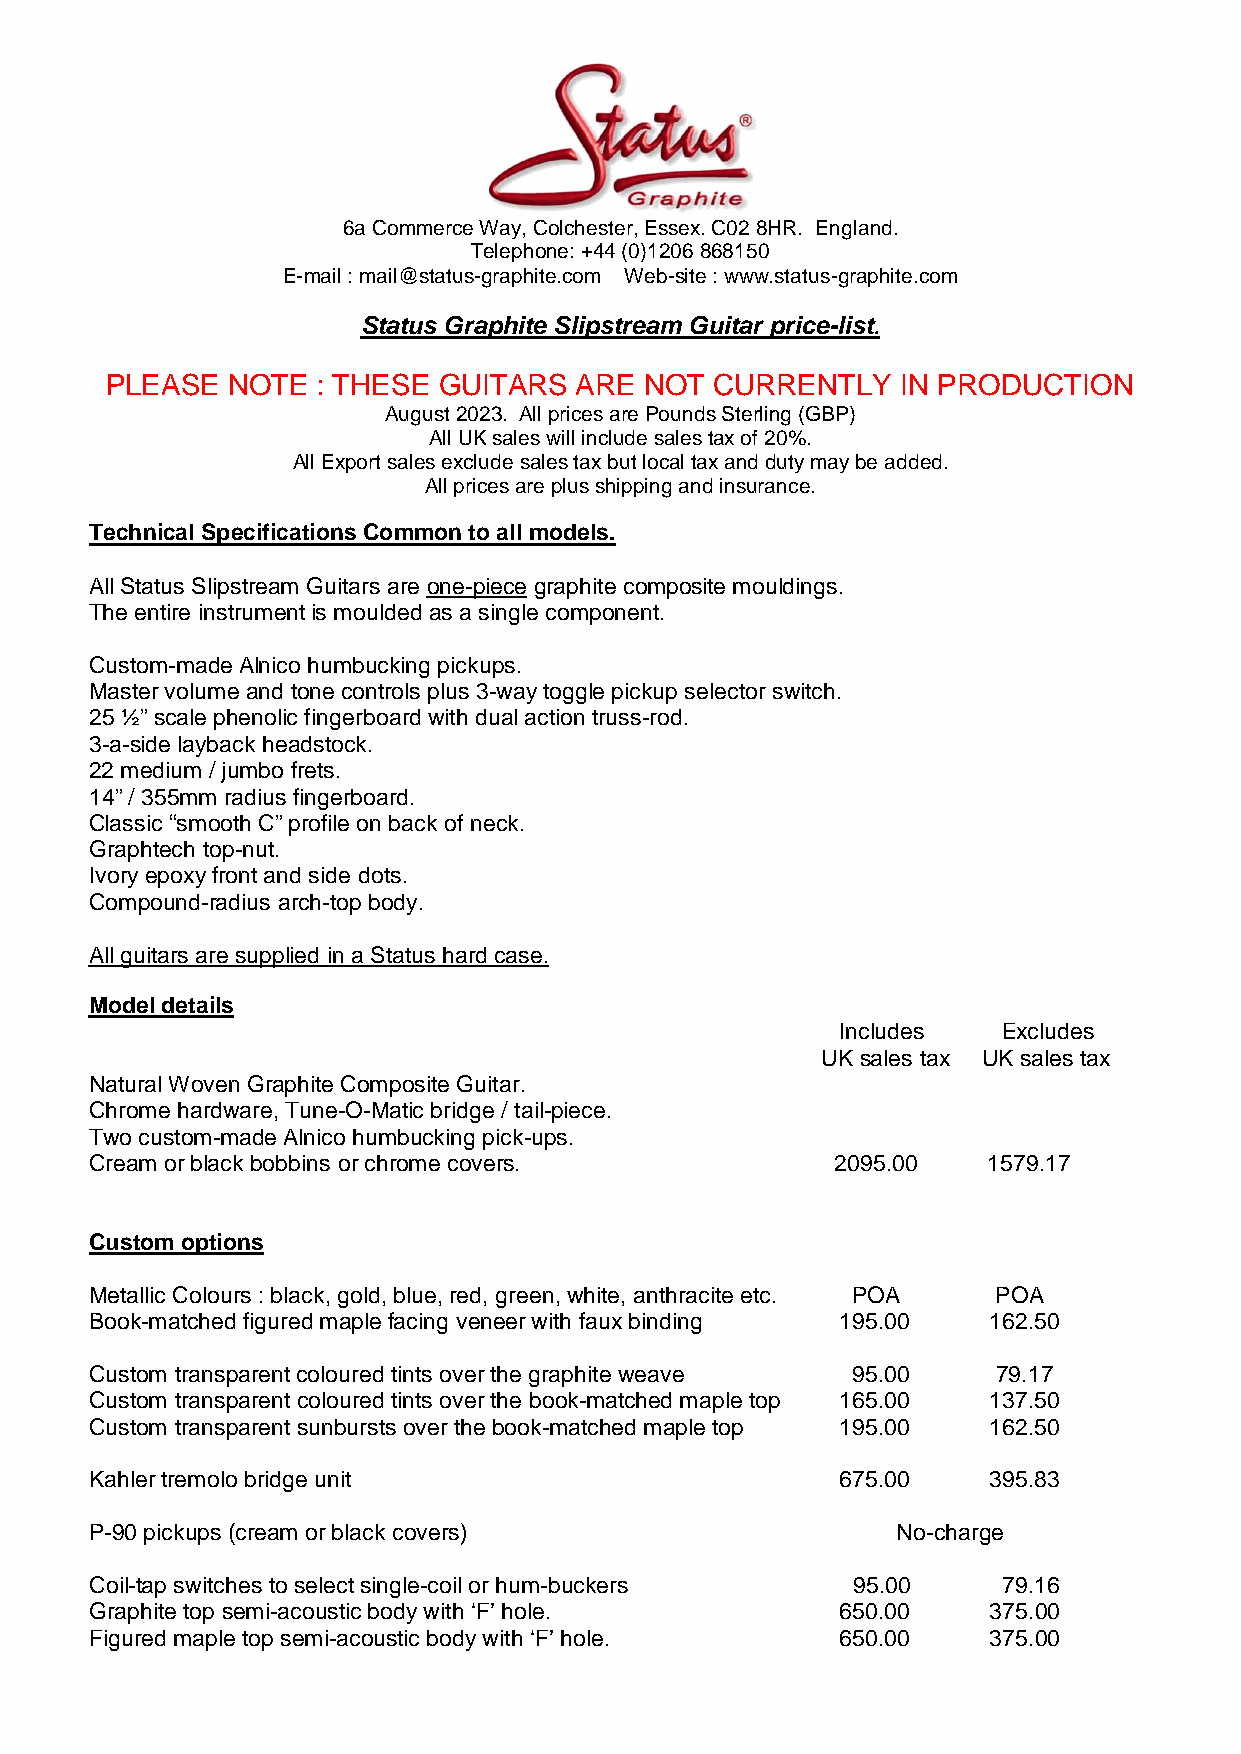
6a Commerce Way, Colchester, Essex. C02 8HR. England.
 Telephone: +44 (0)1206 868150
 E-mail : mail@status-graphite.com Web-site : www.status-graphite.com
 Status Graphite Slipstream Guitar price-list.
 PLEASE  NOTE  : THESE GUITARS  ARE  NOT CURRENTLY    IN PRODUCTION
 August 2023. All prices are Pounds Sterling (GBP)
 All UK sales will include sales tax of 20%.
 All Export sales exclude sales tax but local tax and duty may be added.
 All prices are plus shipping and insurance.
 Technical Specifications Common to all models.
 All Status Slipstream Guitars are one-piece graphite composite mouldings.
 The entire instrument is moulded as a single component.
 Custom-made Alnico humbucking pickups.
 Master volume and tone controls plus 3-way toggle pickup selector switch.
 25 ½” scale phenolic fingerboard with dual action truss-rod.
 3-a-side layback headstock.
 22 medium / jumbo frets.
 14” / 355mm radius fingerboard.
 Classic “smooth C” profile on back of neck.
 Graphtech top-nut.
 Ivory epoxy front and side dots.
 Compound-radius arch-top body.
 All guitars are supplied in a Status hard case.
 Model details
 Includes  Excludes
 UK sales tax UK sales tax
 Natural Woven Graphite Composite Guitar.
 Chrome hardware, Tune-O-Matic bridge / tail-piece.
 Two custom-made Alnico humbucking pick-ups.
 Cream or black bobbins or chrome covers.         2095.00   1579.17
 Custom options
 Metallic Colours : black, gold, blue, red, green, white, anthracite etc. POA POA
 Book-matched figured maple facing veneer with faux binding 195.00 162.50
 Custom transparent coloured tints over the graphite weave 95.00 79.17
 Custom transparent coloured tints over the book-matched maple top 165.00 137.50
 Custom transparent sunbursts over the book-matched maple top 195.00 162.50
 Kahler tremolo bridge unit                        675.00   395.83
 P-90 pickups (cream or black covers)                 No-charge
 Coil-tap switches to select single-coil or hum-buckers 95.00 79.16
 Graphite top semi-acoustic body with ‘F’ hole.    650.00   375.00
 Figured maple top semi-acoustic body with ‘F’ hole. 650.00 375.00